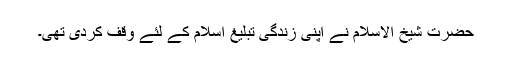
حضرت شیخ الاسلام نے اپنی زندگی تبلیغِ اسلام کے لئے وقف کردی تھی۔